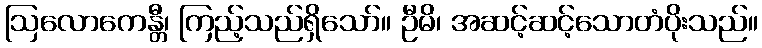
ဩလောကေန္တီ၊ ကြည့်သည်ရှိသော်။ ဦမိ၊ အဆင့်ဆင့်သောတံပိုးသည်။